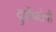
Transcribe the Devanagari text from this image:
दुर्बोधतेची